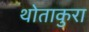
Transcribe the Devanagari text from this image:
थोताकुरा